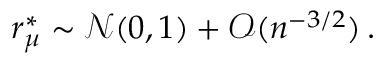
r _ { \mu } ^ { \ast } \sim \mathcal { N } ( 0 , 1 ) + \mathcal { O } ( n ^ { - 3 / 2 } ) \, .